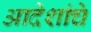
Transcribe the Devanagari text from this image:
आदेशांचे